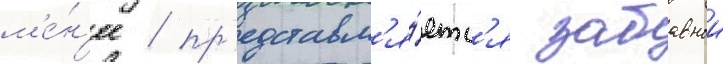
м'е́н'ее / пр'едставл'я́етс'я забавнои